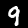
Label: 9